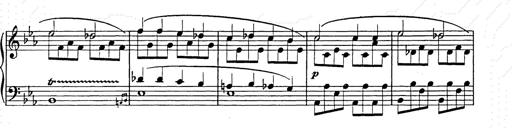
Title: Allegro di bravura
Composer: Carl Maria von Weber
Key: D major